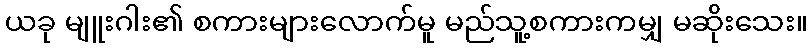
ယခု မျူးဂါး၏ စကားများလောက်မူ မည်သူ့စကားကမျှ မဆိုးသေး။